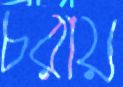
চরায়